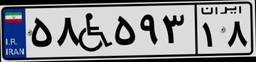
۵۸W۵۹۳۱۸